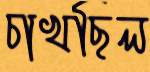
চাখছিল